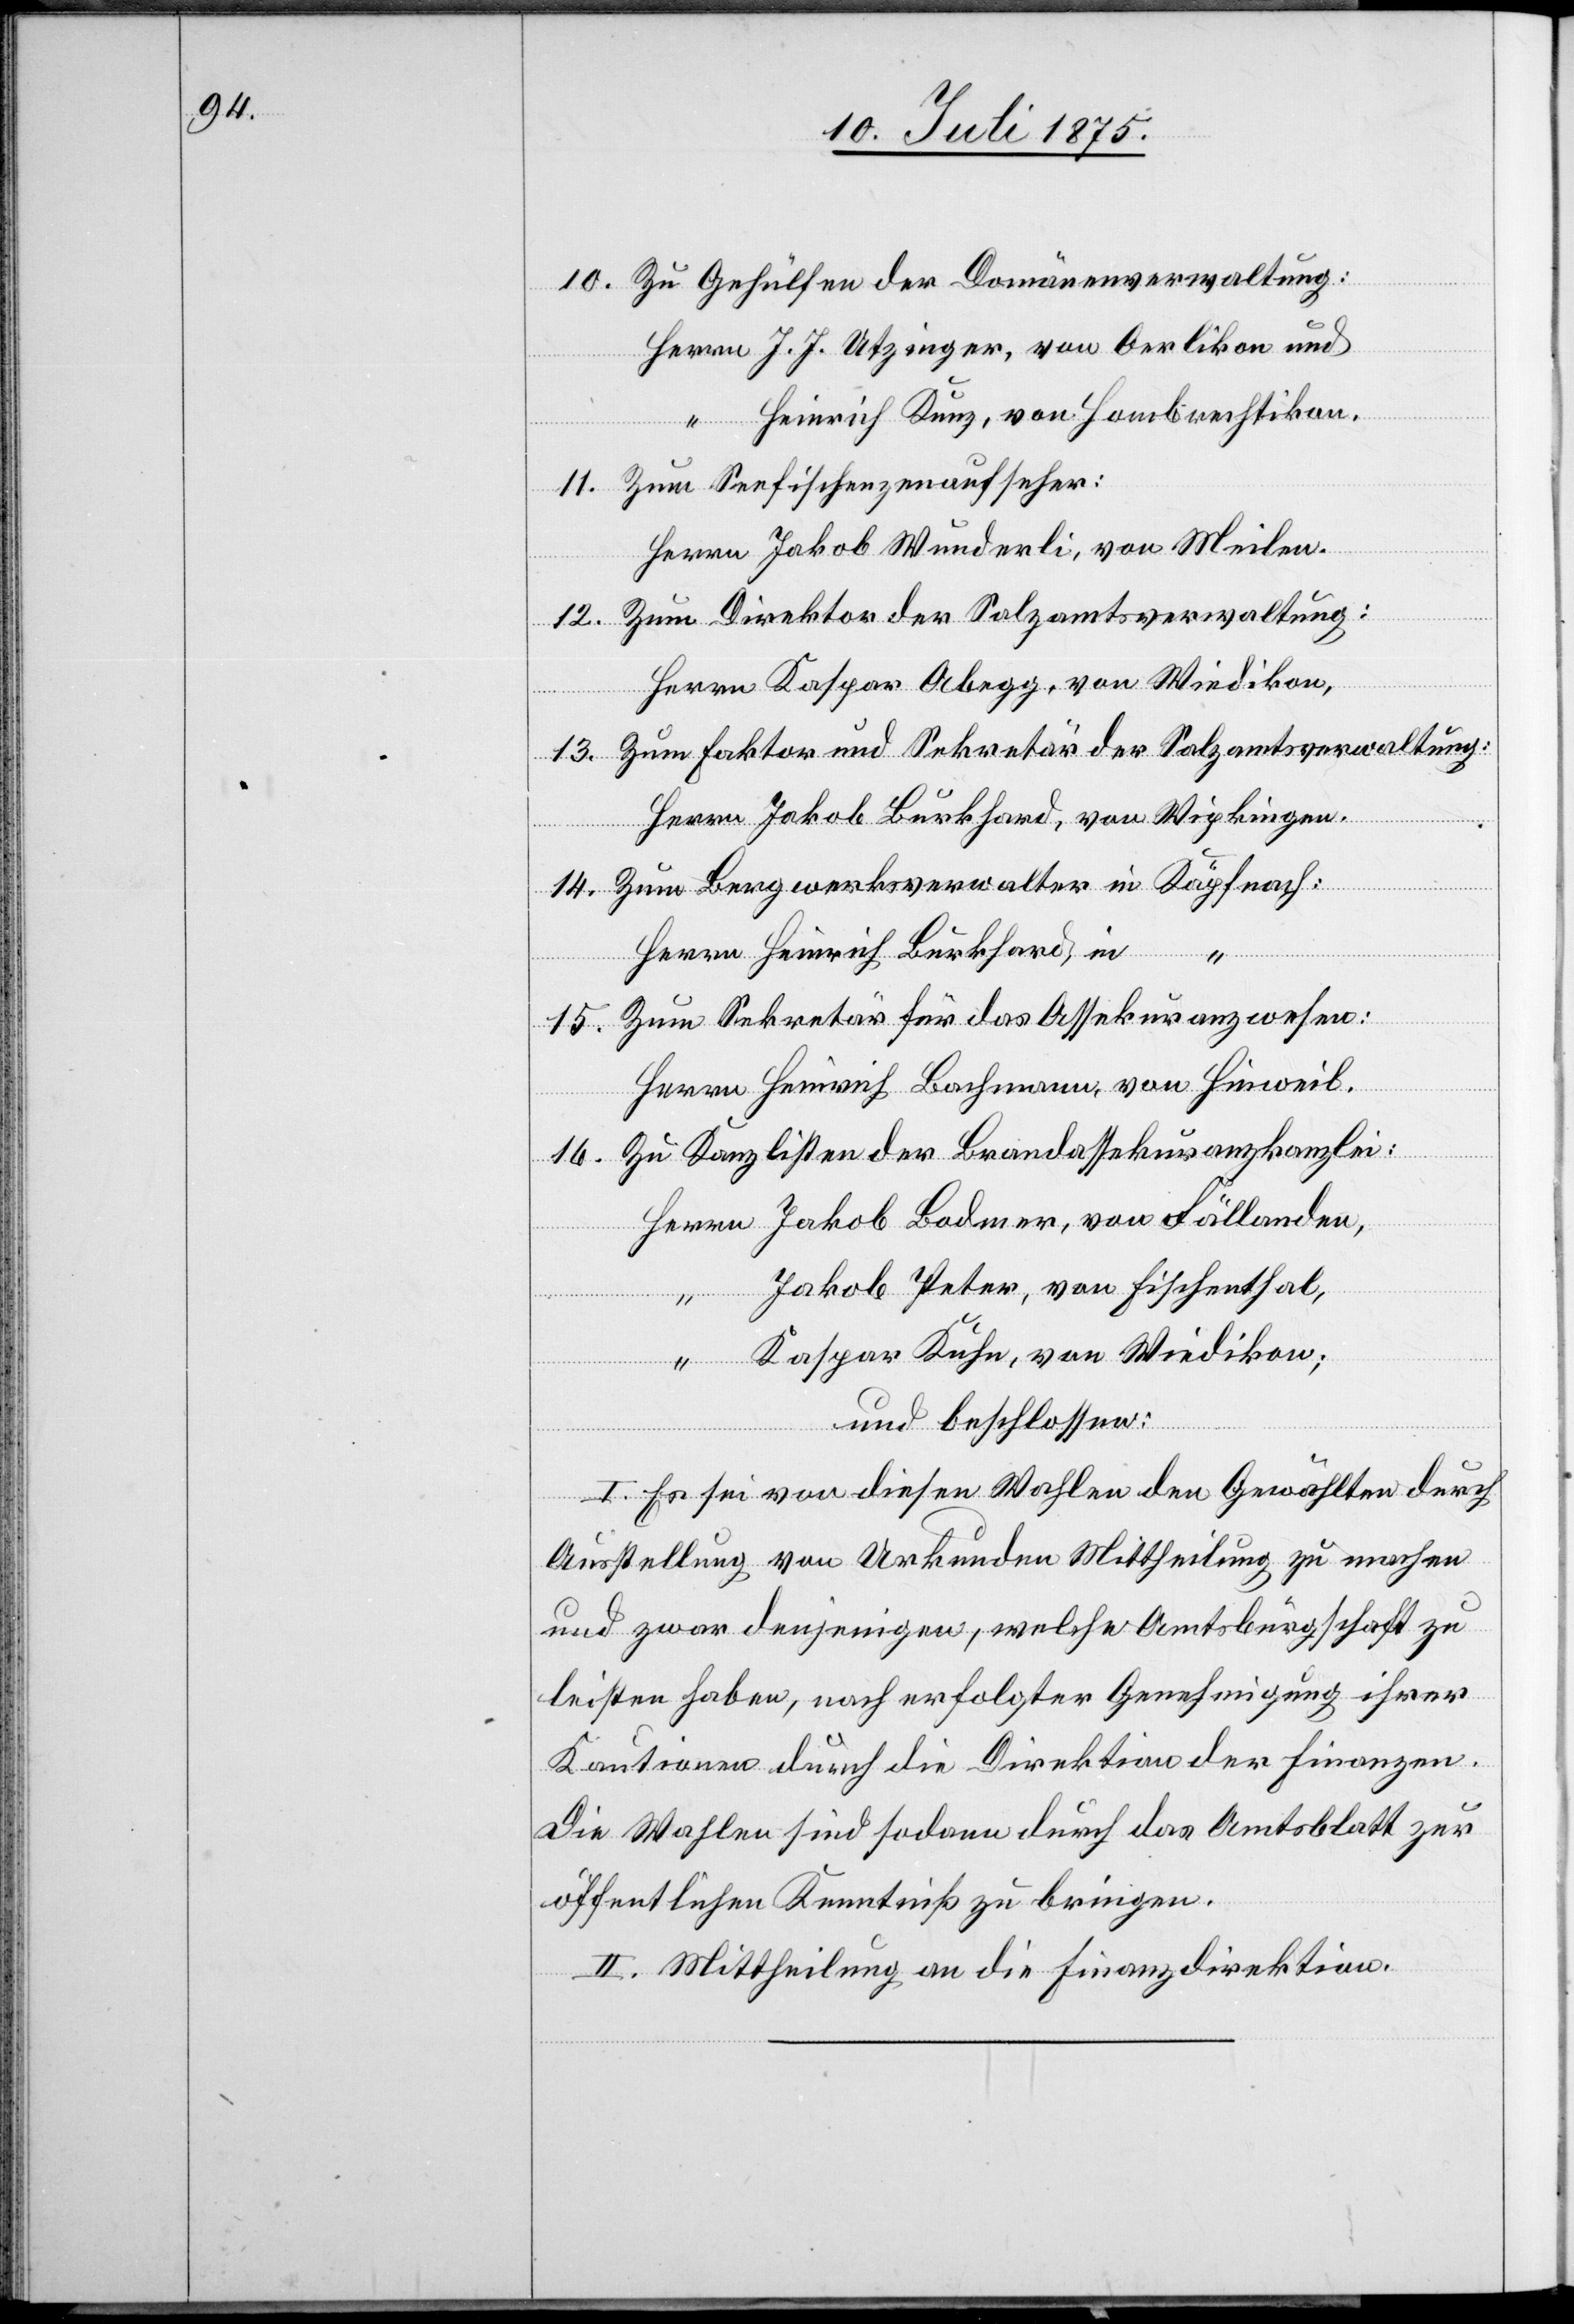
10. Zu Gehülfen der Domänenverwaltung:
Herrn J. J. Utzinger, von Oerlikon und
“ Heinrich Kunz, von Hombrechtigkon.
11. Zum Seefischenzenaufseher:
Herrn Jakob Wunderli, von Meilen.
12. Zum Direktor der Salzamtsverwaltung:
Herrn Kaspar Abegg, von Wiedikon.
13. Zum Faktor und Sekretär der Salzamtsverwaltung:
Herrn Jakob Burkhard, von Wipkingen.
14. Zum Bergwerksverwalter in Käpfnach:
Herrn Heinrich Burkhard in
15. Zum Sekretär für das Assekuranzwesen:
Herrn Heinrich Bachmann, von Hinweil.
16. Zu Kanzlisten der Brandassekuranzkanzlei:
Herrn Jakob Bodmer, von Fällanden,
“ Jakob Peter, von Fischenthal,
Kaspar Kuhn, von Wiedikon;
und beschlossen:
I. Es sei von diesen Wahlen den Gewählten durch
Ausstellung von Urkunden Mittheilung zu machen
und zwar denjenigen, welche Amtsbürgschaft zu
leisten haben, nach erfolgter Genehmigung ihrer
Kautionen durch die die Direktion der Finanzen.
Die Wahlen sind sodann durch das Amtsblatt zur
öffentlichen Kenntniß zu bringen.
II. Mittheilung an die Finanzdirektion.